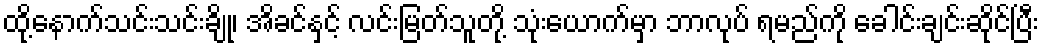
ထို့နောက်သင်းသင်းချို၊ အိခင်နှင့် လင်းမြတ်သူတို့ သုံးယောက်မှာ ဘာလုပ် ရမည်ကို ခေါင်းချင်းဆိုင်ပြီး